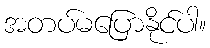
အတပ်မပြောနိုင်ပါ။